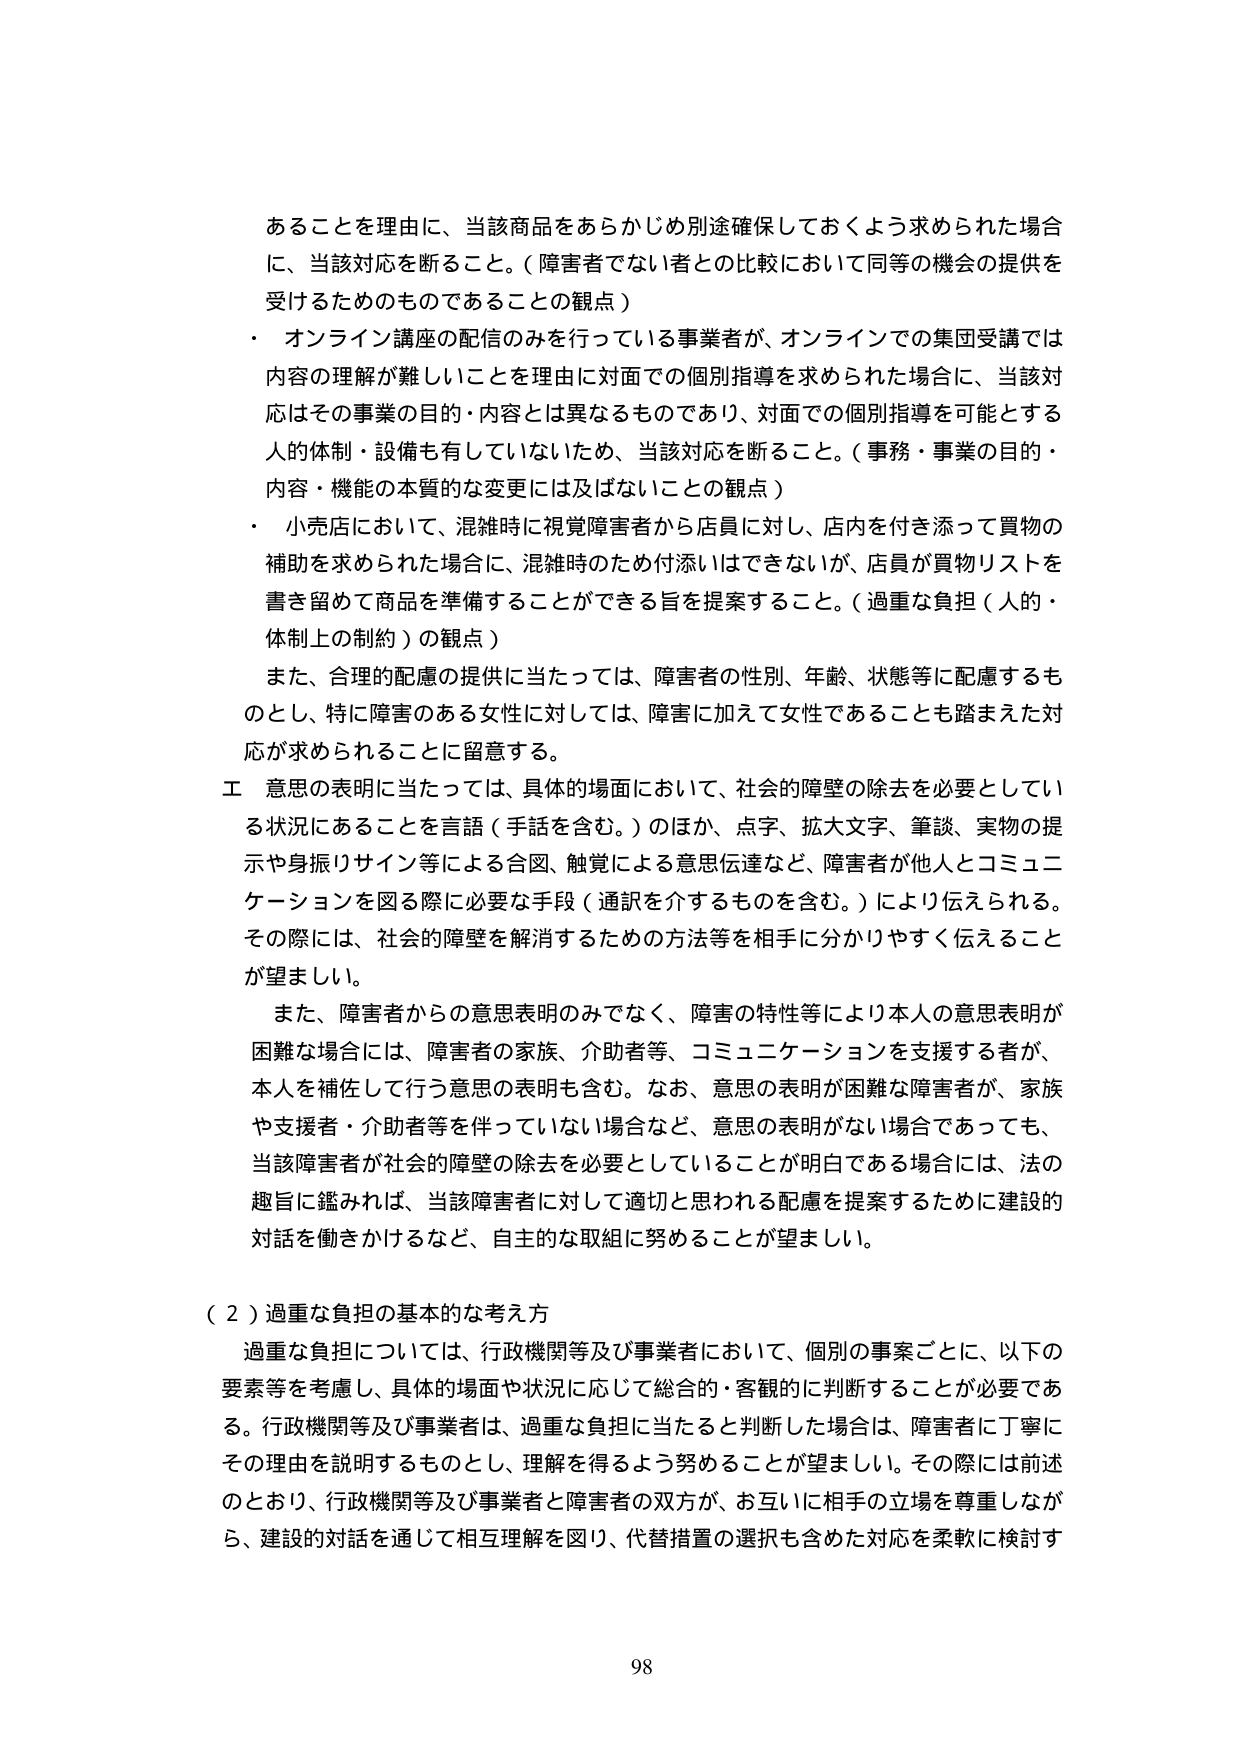
あることを理由に、当該商品をあらかじめ別途確保しておくよう求められた場合に、当該対応を断ること。（障害者でない者との比較において同等の機会の提供を受けるためのものであることの観点）

・ オンライン講座の配信のみを行っている事業者が、オンラインでの集団受講では内容の理解が難しいことを理由に対面での個別指導を求められた場合に、当該対応はその事業の目的・内容とは異なるものであり、対面での個別指導を可能とする人的体制・設備も有していないため、当該対応を断ること。（事務・事業の目的・内容・機能の本質的な変更には及ばないことの観点）

・ 小売店において、混雑時に視覚障害者から店員に対し、店内を付き添って買物の補助を求められた場合に、混雑時のため付添いはできないが、店員が買物リストを書き留めて商品を準備することができる旨を提案すること。（過重な負担（人的・体制上の制約）の観点）

また、合理的配慮の提供に当たっては、障害者の性別、年齢、状態等に配慮するものとし、特に障害のある女性に対しては、障害に加えて女性であることも踏まえた対応が求められることに留意する。

工 意思の表明に当たっては、具体的場面において、社会的障壁の除去を必要としている状況にあることを言語（手話を含む。）のほか、点字、拡大文字、筆談、実物の提示や身振りサイン等による合図、触覚による意思伝達など、障害者が他人とコミュニケーションを図る際に必要な手段（通訳を介するものを含む。）により伝えられる。その際には、社会的障壁を解消するための方法等を相手に分かりやすく伝えることが望ましい。

また、障害者からの意思表明のみでなく、障害の特性等により本人の意思表明が困難な場合には、障害者の家族、介助者等、コミュニケーションを支援する者が、本人を補佐して行う意思の表明も含む。なお、意思の表明が困難な障害者が、家族や支援者・介助者等を伴っていない場合など、意思の表明がない場合であっても、当該障害者が社会的障壁の除去を必要としていることが明白である場合には、法の趣旨に鑑みれば、当該障害者に対して適切と思われる配慮を提案するために建設的対話を働きかけるなど、自主的な取組に努めることが望ましい。

（２）過重な負担の基本的な考え方

過重な負担については、行政機関等及び事業者において、個別の事案ごとに、以下の要素等を考慮し、具体的場面や状況に応じて総合的・客観的に判断することが必要である。行政機関等及び事業者は、過重な負担に当たると判断した場合は、障害者に丁寧にその理由を説明するものとし、理解を得るよう努めることが望ましい。その際には前述のとおり、行政機関等及び事業者と障害者の双方が、お互いに相手の立場を尊重しながら、建設的対話を通じて相互理解を図り、代替措置の選択も含めた対応を柔軟に検討す

98